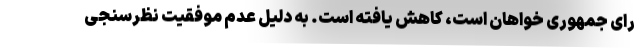
رای جمهوری خواهان است، کاهش یافته است. به دلیل عدم موفقیت نظرسنجی